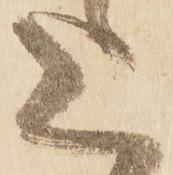
上